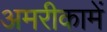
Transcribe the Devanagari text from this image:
अमरीकामें